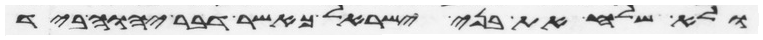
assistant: ולא שלח את בני ישראל כאשר דבר יהוה ביד